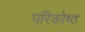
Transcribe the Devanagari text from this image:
परिकोष्‍ठ